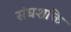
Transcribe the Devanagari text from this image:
संघशक्ति